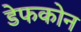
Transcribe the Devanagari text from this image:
डेफकोन